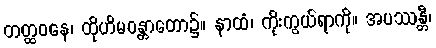
တတ္ထဝနေ၊ ထိုဟိမဝန္တာတော၌။ နာထံ၊ ကိုးကွယ်ရာကို။ အပဿန္တီ၊